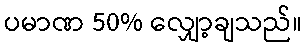
ပမာဏ 50% လျှော့ချသည်။